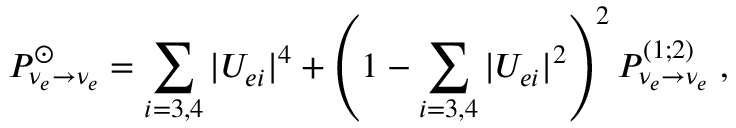
P _ { \nu _ { e } \rightarrow \nu _ { e } } ^ { \odot } = \sum _ { i = 3 , 4 } | U _ { e i } | ^ { 4 } + \left( 1 - \sum _ { i = 3 , 4 } | U _ { e i } | ^ { 2 } \right) ^ { 2 } P _ { \nu _ { e } \rightarrow \nu _ { e } } ^ { ( 1 ; 2 ) } \; ,